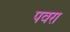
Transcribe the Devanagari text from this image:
पवरा